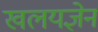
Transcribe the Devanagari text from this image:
खलयज्ञेन